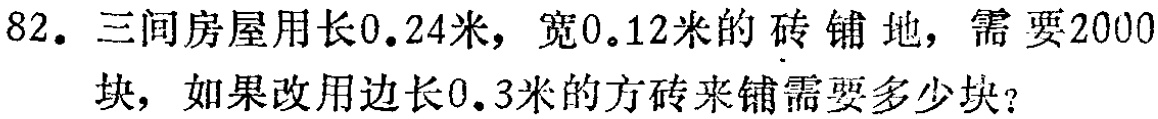
82. 三间房屋用长\(0.24\)米，宽\(0.12\)米的砖铺地，需要2000块，如果改用边长\(0.3\)米的方砖来铺需要多少块？